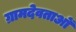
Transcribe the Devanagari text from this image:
ग्रामदेवताओं